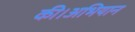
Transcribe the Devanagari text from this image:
की।अभियान